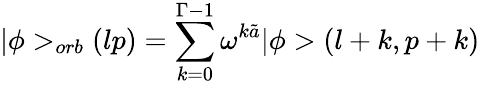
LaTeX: \vert\phi>_{orb}(lp)=\sum_{k=0}^{\Gamma-1}\omega^{k\tilde{a}}\vert\phi>(l+k,p+k)